Indian journal of veterinary science and animal husbandry - Volumes 24-25, 1954-1955
Year: 1954
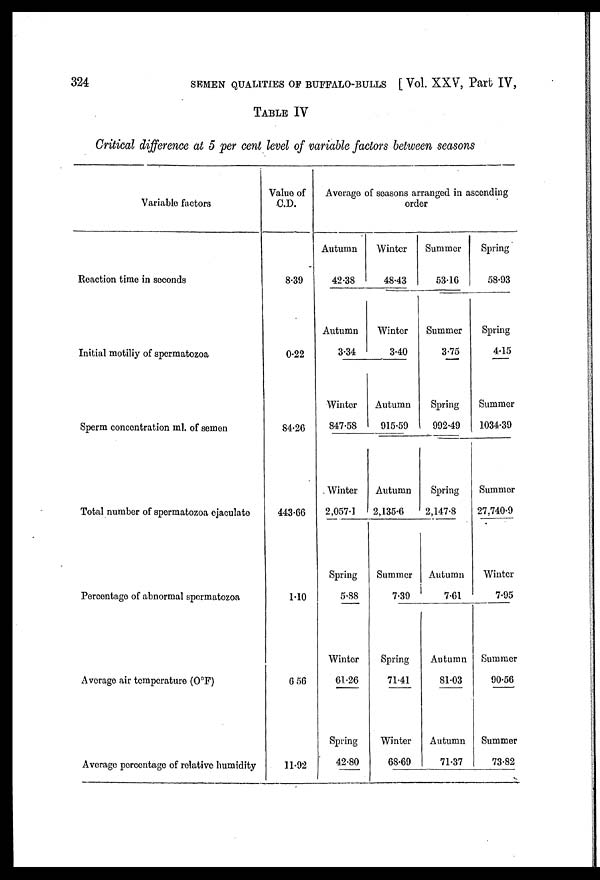
324
SEMEN QUALITIES OF BUFFALO-BULLS [ Vol. XXV, Part IV,
TABLE IV
Critical difference at 5 per cent level of variable factors between seasons
Variable factors
Reaction time in seconds
Initial motiliy of spermatozoa
Sperm concentration ml. of semen
Total number of spermatozoa ejaculate
Percentage of abnormal spermatozoa
Average air temperature (OºF)
Average percentage of relative humidity
Value of
CD.
8.39
0.22
84.26
443.66
1.10
6.56
11.92
Average of seasons arranged in ascending
Autumn
42.38
Autumn
3.34
Winter
847.58
Winter
2,057.1
Spring
5.88
Winter
61.26
Spring
42.80
order
Winter
48.43
Winter
3.40
Autumn
915.59
Autumn
2,135.6
Summer
7.39
Spring
71.41
Winter
68.69
Summer
53.16
Summer
3.75
Spring
992.49
Spring
2,147.8
Autumn
7.61
Autumn
81.03
Autumn
71.37
Spring
58.93
Spring
4.15
Summer
1034.39
Summer
27,740.9
Winter
7.95
Summer
90.56
Summer
73.82